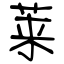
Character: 莱